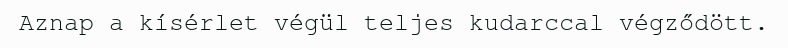
Aznap a kísérlet végül teljes kudarccal végződött.